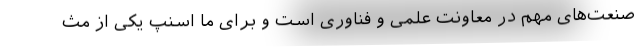
صنعت‌های مهم در معاونت علمی و فناوری است و برای ما اسنپ یکی از مث